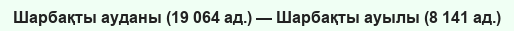
Шарбақты ауданы (19 064 ад.) — Шарбақты ауылы (8 141 ад.)